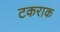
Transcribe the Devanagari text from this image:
टकराक